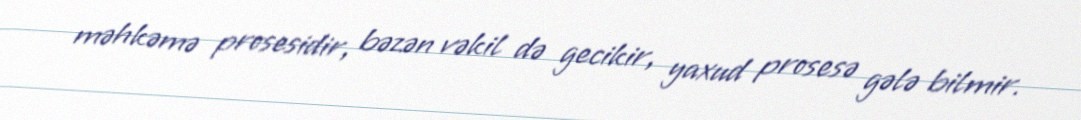
məhkəmə prosesidir, bəzən vəkil də gecikir, yaxud prosesə gələ bilmir.